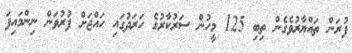
ފުރަން ތައްޔާރުވެގެން ތިބި 125 މީހުން ސަރުކާރުގެ ހަރަދުގައި ހައްޖަށް ފުރުވަން ނިންމައިފަ